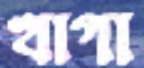
খাগা